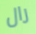
رال